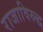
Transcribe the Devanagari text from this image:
राजाविरुद्ध